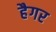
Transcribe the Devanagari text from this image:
हैगर